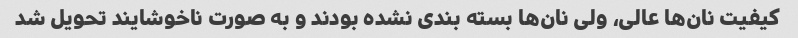
کیفیت نان‌ها عالی، ولی نان‌ها بسته بندی نشده بودند و به صورت ناخوشایند تحویل شد